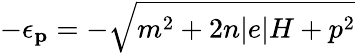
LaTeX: -\epsilon_{{\mathbf{p}}}=-\sqrt{m^{2}+2n|e|H+p^{2}}